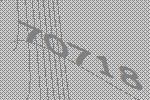
70718